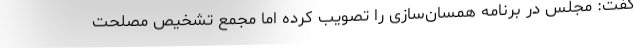
گفت: مجلس در برنامه همسان‌سازی را تصویب کرده اما مجمع تشخیص مصلحت